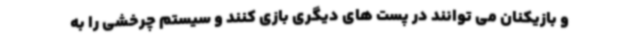
و بازیکنان می توانند در پست های دیگری بازی کنند و سیستم چرخشی را به